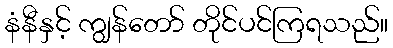
နံနီနှင့် ကျွန်တော် တိုင်ပင်ကြရသည်။